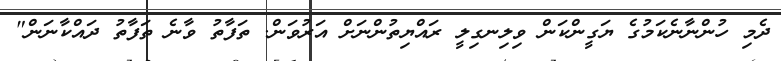
ދެމި ހުންނާނެކަމުގެ ޔަގީންކަން ވިލިނގިލީ ރައްޔިތުންނަށް އަރުވަން. ތަފާތު ވާނެ ތަފާތު ދައްކާނަން"